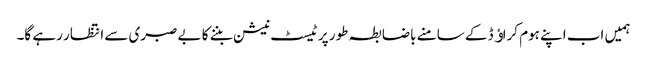
ہمیں اب اپنے ہوم کراﺅڈ کے سامنے باضابطہ طور پر ٹیسٹ نیشن بننے کا بے صبری سے انتظار رہے گا۔